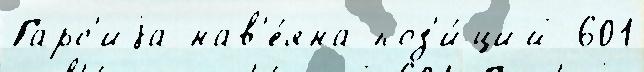
Гарс'иjа нав'е́яна поз'и́ций 601